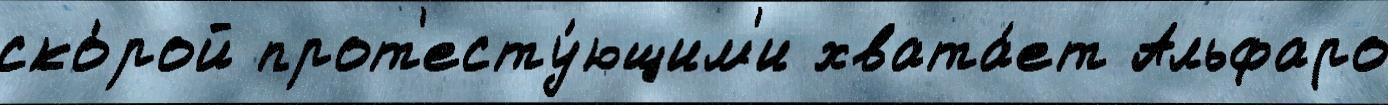
ско́рой прот'есту́ющим'и хвата́ет Альфаро